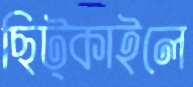
ছিট্‌কাইলে